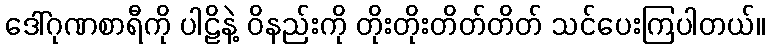
ဒေါ်ဂုဏစာရီကို ပါဠိနဲ့ ဝိနည်းကို တိုးတိုးတိတ်တိတ် သင်ပေးကြပါတယ်။